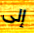
إلى